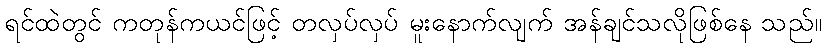
ရင်ထဲတွင် ကတုန်ကယင်ဖြင့် တလှပ်လှပ် မူးနောက်လျက် အန်ချင်သလိုဖြစ်နေ သည်။